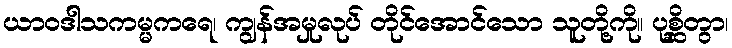
ယာဝဒါသကမ္မကရေ၊ ကျွန်အမှုလုပ် တိုင်အောင်သော သူတို့ကို။ ပုစ္ဆိတွာ၊